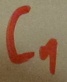
Text: C1